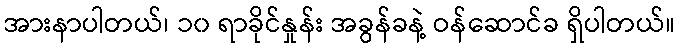
အားနာပါတယ်၊ ၁၀ ရာခိုင်နှုန်း အခွန်ခနဲ့ ဝန်ဆောင်ခ ရှိပါတယ်။